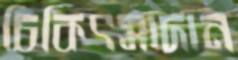
চিকিৎসাদান